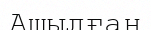
Ашылған